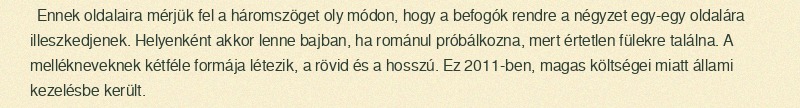
Ennek oldalaira mérjük fel a háromszöget oly módon, hogy a befogók rendre a négyzet egy-egy oldalára illeszkedjenek. Helyenként akkor lenne bajban, ha románul próbálkozna, mert értetlen fülekre találna. A mellékneveknek kétféle formája létezik, a rövid és a hosszú. Ez 2011-ben, magas költségei miatt állami kezelésbe került.